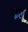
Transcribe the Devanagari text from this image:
कलू